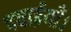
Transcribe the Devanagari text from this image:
दवाईयाँ।